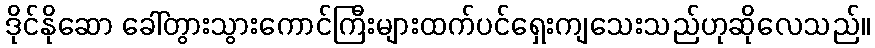
ဒိုင်နိုဆော ခေါ်တွားသွားကောင်ကြီးများထက်ပင်ရှေးကျသေးသည်ဟုဆိုလေသည်။